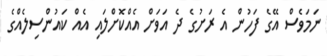
ނަމަވެސް އޭގެ ފަހުން އެ ރަށުގެ ދެ އަވަށް އެއްކޮށްލައި އެއް ކައުންސިލެއްގެ